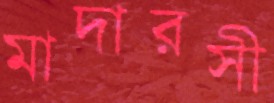
মাদারসী